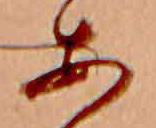
あ